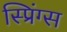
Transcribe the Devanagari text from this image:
स्प्रिंग्‍स